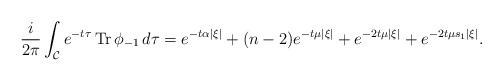
LaTeX: \begin{align*} \frac{i}{2\pi}\int_{\mathcal{C}}e^{-t\tau}\operatorname{Tr}\phi_{-1}\,d\tau = e^{-t\alpha |\xi|}+(n-2)e^{-t\mu|\xi|}+e^{-2t\mu|\xi|}+e^{-2t\mu s_1|\xi|}.\end{align*}